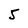
Character: 5